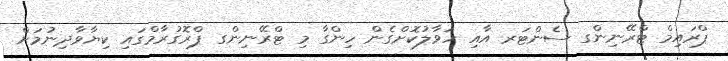
ޕްރައިމް ޓްރޭނިންގ ސެންޓަރ އާއި ހަވާލުކޮށްގެން ހިންގާ މި ޓްރޭނިންގ ޕްރޮގުރާމްގައި ކިޔާވާދިނުމަށް